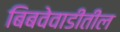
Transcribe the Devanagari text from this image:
बिबवेवाडीतील